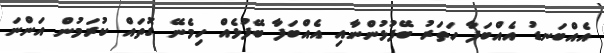
އެއްބަނޑު އެއްބަފާ ހަތަރު ބޭފުޅުންނާއި އެއްބަފާ ބޭފުޅެއް ހިމެނޭ ގޮތައް ކުރަމުން އަންނަ